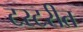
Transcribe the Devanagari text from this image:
टरटरीत